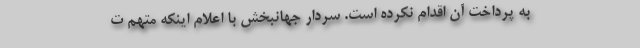
به پرداخت آن اقدام نکرده است. سردار جهانبخش با اعلام اینکه متهم ت